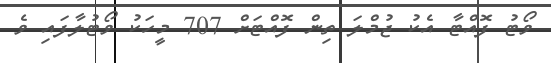
ވޯޓު ފޮއްޓާ އެކު ޖުމްލަ ތިން ފޮއްޓަށް 707 މީހަކު ވޯޓުލާފައި ވެ